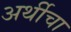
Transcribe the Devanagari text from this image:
अर्थीचा